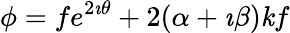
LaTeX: \phi=fe^{2\imath\theta}+2(\alpha+\imath\beta)\mathit{k}f